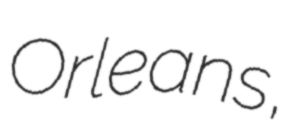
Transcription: Orleans,